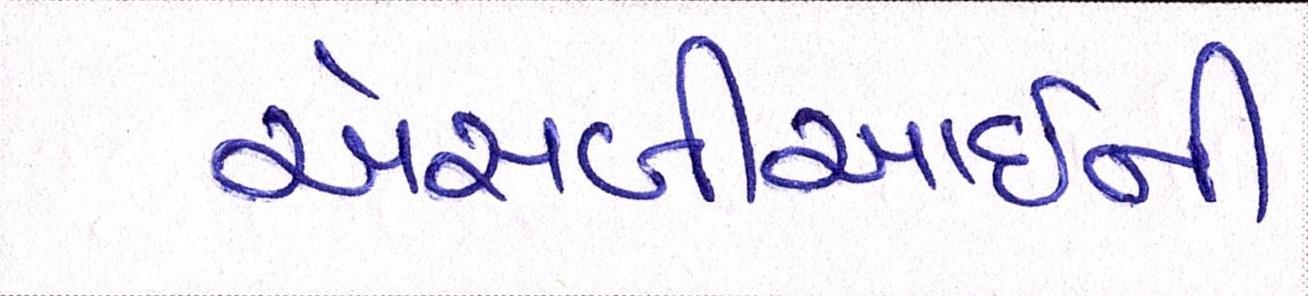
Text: એસબીઆઈની